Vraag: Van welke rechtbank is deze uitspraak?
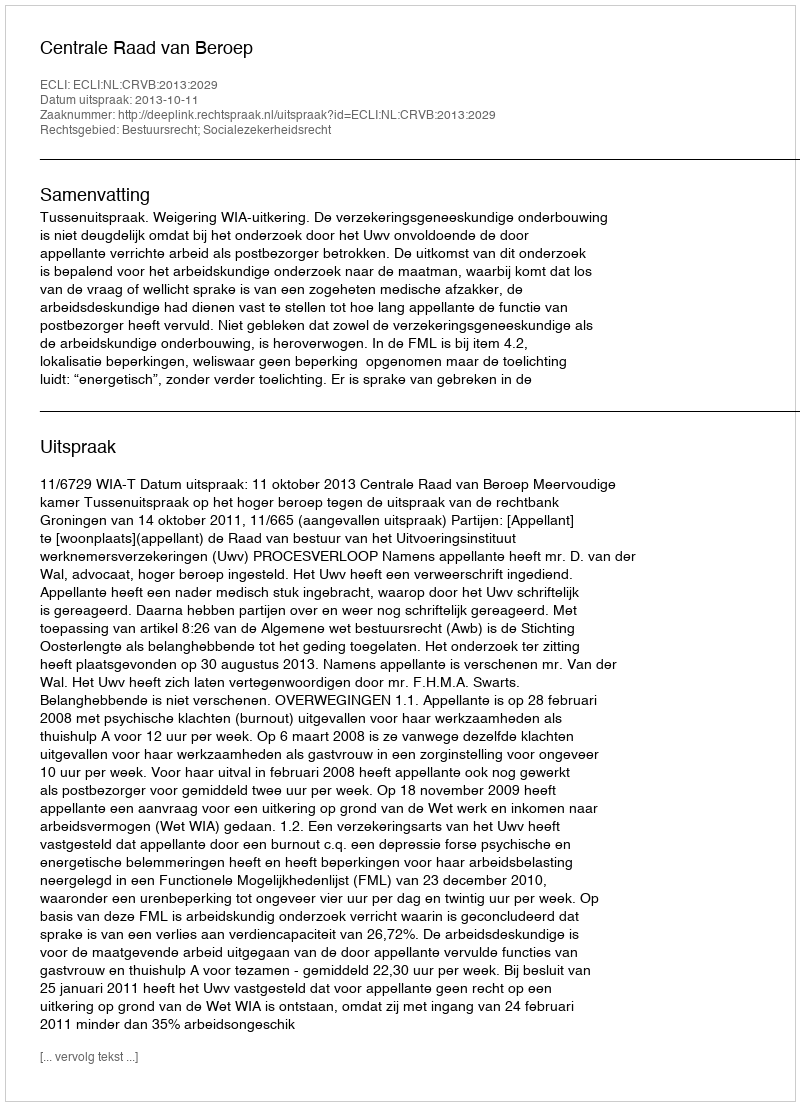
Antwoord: Centrale Raad van Beroep